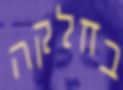
בחלקה